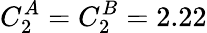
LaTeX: C_{2}^{A}=C_{2}^{B}=2.22